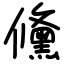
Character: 儵